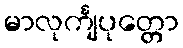
မာလုင်္ကျပုတ္တော